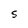
Character: S